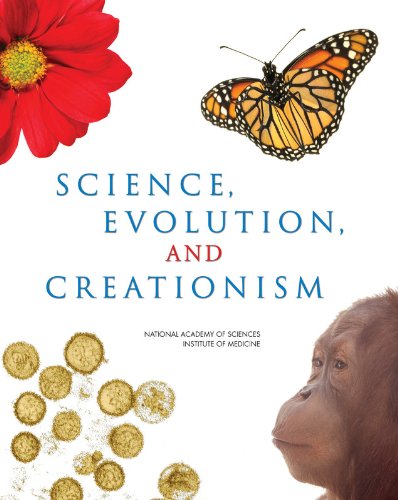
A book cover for Science, Evolution, and Creationism; National Academy of Sciences; Christian Books & Bibles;